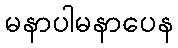
မနာပါမနာပေန